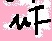
Text: µF